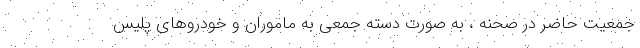
جمعیت حاضر در صحنه ، به صورت دسته جمعی به ماموران و خودروهای پلیس